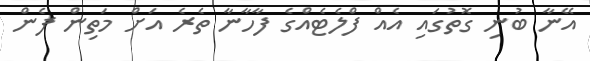
އޭނާ ބުނި ގޮތުގައި އެއް ފްލެޓެއްގެ ފާހާނާ ތެރެ އަށް މަތިން ފެން